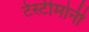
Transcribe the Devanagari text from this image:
टेस्टीमोनी